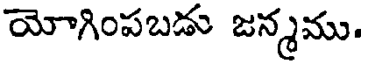
యోగింపబడు జన్మము.